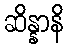
ဆိန္နာနိ